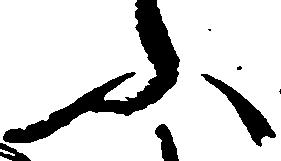
ふ